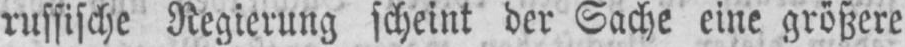
russische Regierung scheint der Sache eine größere